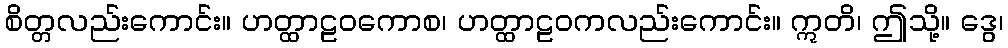
စိတ္တလည်းကောင်း။ ဟတ္ထာဠဝကောစ၊ ဟတ္ထာဠဝကလည်းကောင်း။ ဣတိ၊ ဤသို့။ ဒွေ၊